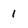
Character: 1